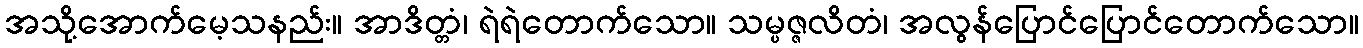
အသို့အောက်မေ့သနည်း။ အာဒိတ္တံ၊ ရဲရဲတောက်သော။ သမ္ပဇ္ဇလိတံ၊ အလွန်ပြောင်ပြောင်တောက်သော။